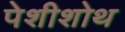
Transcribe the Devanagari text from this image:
पेशीशोथ